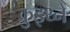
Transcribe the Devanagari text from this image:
क्रुइथ्ने